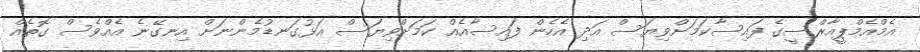
އެމްއެމްޕީއާރްސީގެ ފައިސާކަމަށްވިޔަސް އަަދި އެހެން ފައިސާއެއް ކަމަށްވިޔަސް އަޅުގަނޑުމެންނަށް އިނގޭނެ އެއްވެސް ގޮތެއް